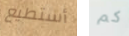
أستطيع كم